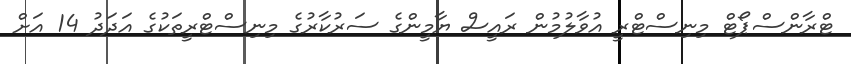
ޓްރާންސްޕޯޓް މިނިސްޓްރީ އުވާލުމުން ރައީސް ޔާމީންގެ ސަރުކާރުގެ މިނިސްޓްރީތަކުގެ އަދަދު 14 އަށް